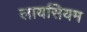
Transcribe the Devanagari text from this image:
लायसियम